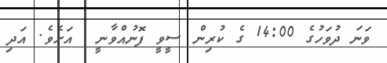
ވަނަ ދުވަހުގެ 14:00 ގެ ކުރިން ސީވީ ފޮނުއްވާނީ  އަށެވެ. އަދި